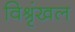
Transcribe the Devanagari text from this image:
विश्रृंखल